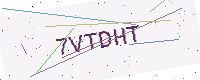
Text: 7VTDHT